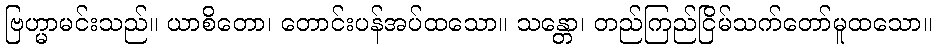
ဗြဟ္မာမင်းသည်။ ယာစိတော၊ တောင်းပန်အပ်ထသော။ သန္တော၊ တည်ကြည်ငြိမ်သက်တော်မူထသော။